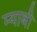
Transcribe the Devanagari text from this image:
म्याबी